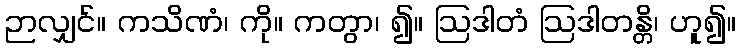
ဉာလျှင်။ ကသိဏံ၊ ကို။ ကတွာ၊ ၍။ ဩဒါတံ ဩဒါတန္တိ၊ ဟူ၍။